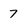
Character: 7